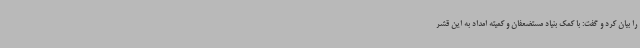
را بیان کرد و گفت: با کمک بنیاد مستضعفان و کمیته امداد به این قشر